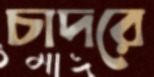
চাদরে